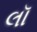
લૉ